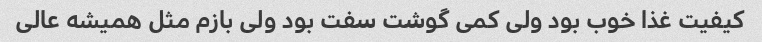
کیفیت غذا خوب بود ولی کمی گوشت سفت بود ولی بازم مثل همیشه عالی